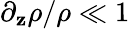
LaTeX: \partial_{\mathbf{z}}\rho/\rho\ll1